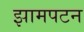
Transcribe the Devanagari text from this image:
झामपटन